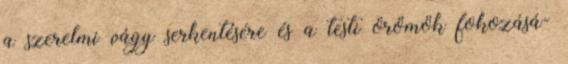
a szerelmi vágy serkentésére és a testi örömök fokozásá-